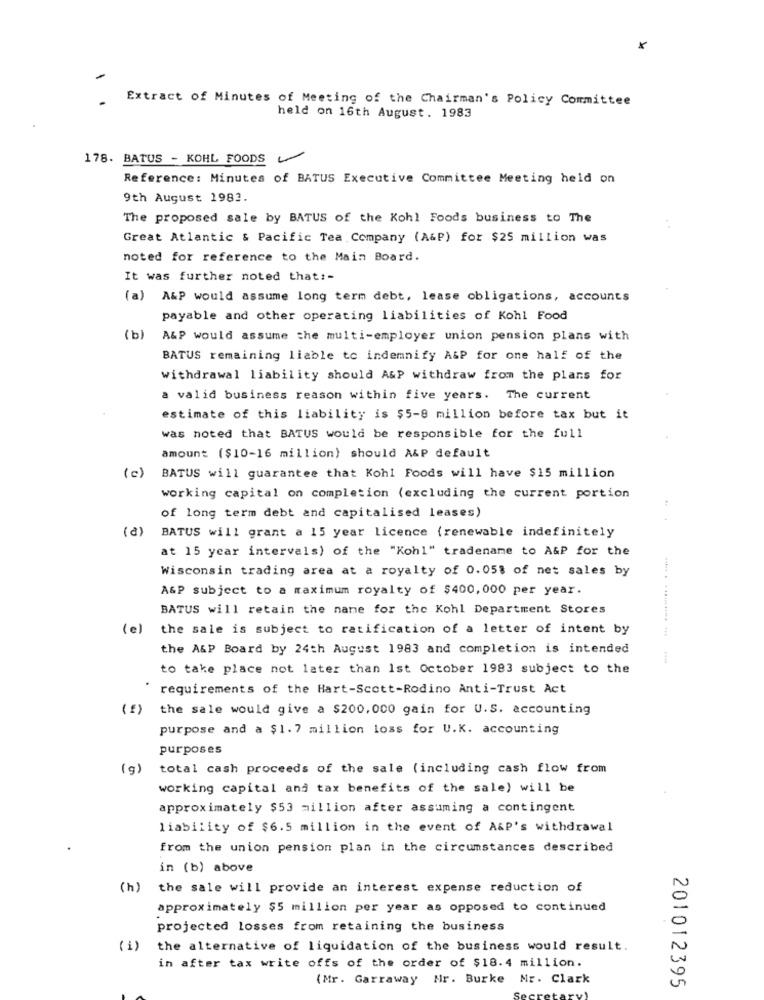
Extract of Minutes of Meeting of the Chairman's Policy Committee
held on 16th August. 1983
178. BATUS - KOHL FOODS
Reference: Minutes of BATUS Executive Committee Meeting held on
9th August 1983.
The proposed sale by BATUS of the Kohl Foods business to The
Great Atlantic & Pacific Tea Company (A&P) for $25 million was
noted for reference to the Main Board.
It was further noted that :-
(a) A&P would assume long term debt, lease obligations, accounts
payable and other operating liabilities of Kohl Food
(b)
A&P would assume the multi-employer union pension plans with
BATUS remaining liable to indemnify A&P for one half of the
withdrawal liability should A&P withdraw from the plans for
a valid business reason within five years. The current
estimate of this liability is $5-8 million before tax but it
was noted that BATUS would be responsible for the full
amount ($10-16 million) should A&P default
(c)
BATUS will guarantee that Kohl Foods will have $15 million
working capital on completion (excluding the current portion
of long term debt and capitalised leases)
(a)
BATUS will grant a 15 year licence (renewable indefinitely
at 15 year intervals) of the "Kohl" tradename to A&P for the
Wisconsin trading area at a royalty of 0.05% of net sales by
A&P subject to a maximum royalty of $400, 000 per year.
BATUS will retain the name for the Kohl Department Stores
( e)
the sale is subject to ratification of a letter of intent by
the A&P Board by 24th August 1983 and completion is intended
to take place not later than 1st October 1983 subject to the
requirements of the Hart-Scott-Rodino Anti-Trust Act
(f) the sale would give a $200.000 gain for U.S. accounting
purpose and a $1. 7 million loss for U.K. accounting
purposes
(g)
total cash proceeds of the sale (including cash flow from
working capital and tax benefits of the sale) will be
approximately $53 million after assuming a contingent
liability of $6.5 million in the event of A&P's withdrawal
from the union pension plan in the circumstances described
in (b) above
(h)
the sale will provide an interest expense reduction of
approximately $5 million per year as opposed to continued
projected losses from retaining the business
( i)
the alternative of liquidation of the business would result.
in after tax write offs of the order of $18.4 million.
(Mr. Garraway Mr. Burke Mr. Clark
201012395